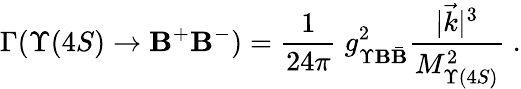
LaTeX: \Gamma(\Upsilon(4S)\to\mathbf{B}^{+}\mathbf{B}^{-})=\frac{{1}}{{24\pi}}\; g_{\Upsilon\mathbf{B}\bar{{\mathbf{B}}}}^{2}\frac{{|\vec{{k}}|^{3}}}{{M_{\Upsilon(4S)}^{2}}}\; .